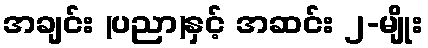
အချင်း (ပညာ)နှင့် အဆင်း ၂-မျိုး